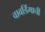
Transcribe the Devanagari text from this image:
वावडिंगाची